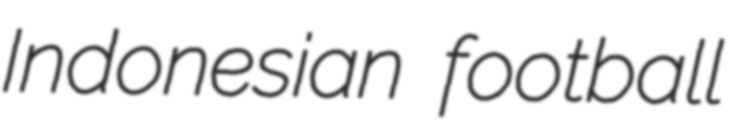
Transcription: Indonesian football